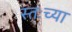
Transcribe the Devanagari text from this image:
स्तःच्या